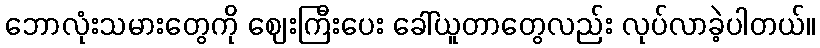
ဘောလုံးသမားတွေကို ဈေးကြီးပေး ခေါ်ယူတာတွေလည်း လုပ်လာခဲ့ပါတယ်။